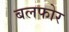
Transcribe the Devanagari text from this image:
बलफोर